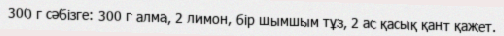
300 г сәбізге: 300 г алма, 2 лимон, бір шымшым тұз, 2 ас қасық қант қажет.